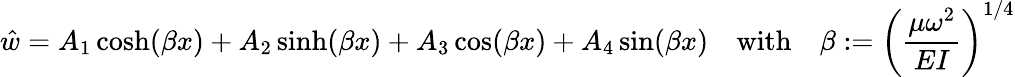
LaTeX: {\hat{w}}=A_{1}\cosh(\beta x)+A_{2}\sinh(\beta x)+A_{3}\cos(\beta x)+A_{4}\sin(\beta x)\quad{\mathrm{with}}\quad\beta:=\left({\frac{\mu\omega^{2}}{EI}}\right)^{1/4}